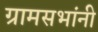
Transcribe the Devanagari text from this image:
ग्रामसभांनी